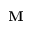
\mathbf { M }